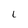
Character: L